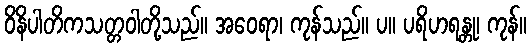
ဝိနိပါတိကသတ္တဝါတို့သည်။ အဝေရာ၊ ကုန်သည်။ ပ။ ပရိဟရန္တု၊ ကုန်။